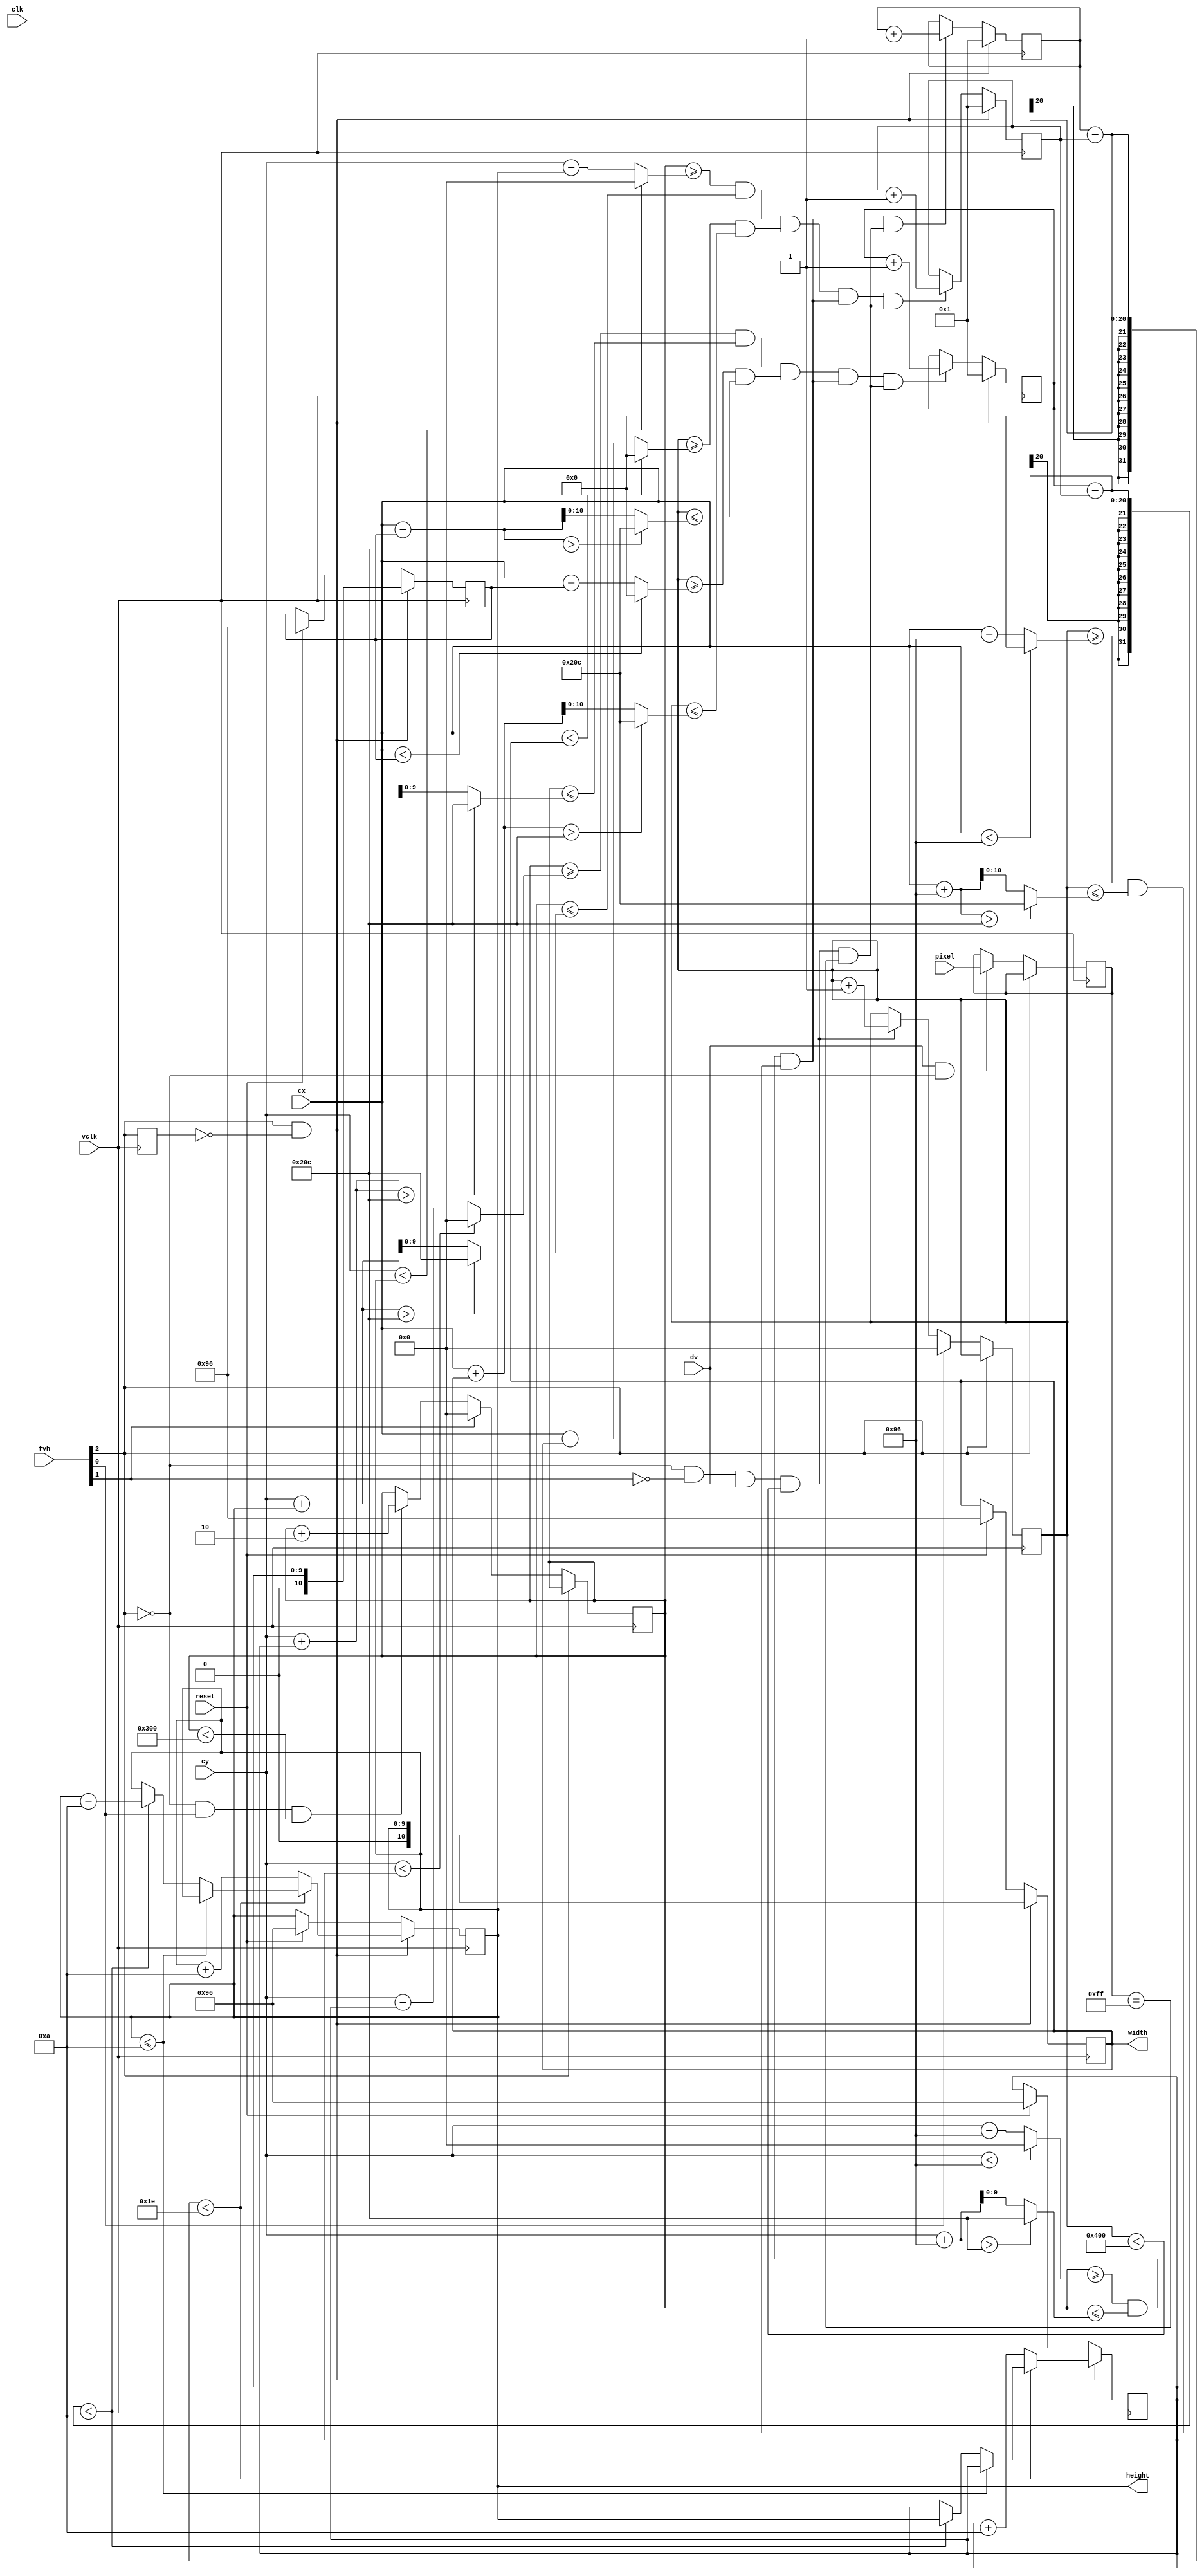
///////
//Module to bound region around a centroid with adjustable boxes

module track #(parameter HEIGHT=150, WIDTH=150, INCREMENT=10, TRACK_DIFF=10, TRACKBOUND_DIFF=30) 
	(clk, vclk, reset, fvh, dv, pixel, cx, cy, height, width);

   input 	 clk, reset;	// system clock
   input 	 vclk;	// video clock from camera
   input [2:0] 	 fvh;//hsync and vsync 
   input 	 dv;
   input [7:0] pixel; //black and white pixel
   input [10:0] cx;
   input [9:0] cy;
   output [10:0] width;
   output [9:0] height;
   
   reg [19:0] frame_count;
   reg [19:0] rect_count, lrect_count;
   reg [10:0] width, last_width;
   reg [9:0] height, last_height;
	/////
   parameter 	 COL_START = 10'd0;
	////////////
   parameter 	 ROW_START = 10'd0;

   reg [9:0] 	 col = 0;
   reg [9:0] 	 row = 0;
   reg [7:0] 	 vdata = 0;
   reg 		 old_frame;	// frames are even / odd interlaced
	reg frame_lag;
   reg [10:0] x_w_diff, x_w_sum, x_lw_diff, x_lw_sum, x_W_diff, x_W_sum;
   reg [9:0] y_h_diff, y_h_sum, y_lh_diff, y_lh_sum, y_H_diff, y_H_sum;

   reg frame_range, rect_range, lrect_range;
   wire lag_edge=old_frame&~frame_lag;
   wire 	 frame = fvh[2];
   wire 	 frame_edge = frame & ~old_frame;
   wire x_rdy, y_rdy;
   always @ (posedge vclk) begin
	if (reset) begin 
	height<=HEIGHT;
	last_height<=HEIGHT;
	width<=WIDTH;
	last_width<=WIDTH;end 
	
      old_frame <= frame;
      frame_lag<=old_frame;
      if (!fvh[2]) begin
	      col <= fvh[0] ? COL_START : (!fvh[2] && !fvh[1] && dv && (col < 1024)) ? col + 1 : col;
	      row <= fvh[1] ? ROW_START : (!fvh[2] && fvh[0] && (row < 768)) ? row + 2 : row;
	      vdata <= (dv && !fvh[2]) ? pixel : vdata;
			//////////////////////
         //high_data<=(vdata==8'hF0);
			//high_x<=(sum_x>90);
			///////////////////////
			
        
		  
		  
      end
	   ////////////edge cases 
	   x_w_diff = (cx<width)?0:cx-width;
	   x_w_sum = (cx+width>524)?524:cx+width;

           y_h_diff = (cy<height)?0: cy-height;
           y_h_sum = (cy+height>524)?524: cy+height;


           x_lw_diff = (cx<last_width)?0:cx-last_width;
	   x_lw_sum = (cx+last_width>524)?524:cx+last_width;

           y_lh_diff = (cy<last_height)?0: cy-last_height;
           y_lh_sum = (cy+last_height>524)?524: cy+last_height;

	   
           x_W_diff = (cx<WIDTH)?0:cx-WIDTH;
	   x_W_sum = (cx+WIDTH>524)?524:cx+WIDTH;

           y_H_diff = (cy<HEIGHT)?0: cy-HEIGHT;
           y_H_sum = (cy+HEIGHT>524)?524: cy+HEIGHT;
	   ////////////Checking regions
	   frame_range = ((row>=(y_H_diff))&(row<=(y_H_sum)))&((col>=(x_W_diff))&(col<=(x_W_sum)));
	   rect_range = ((row>=y_h_diff)&(row<=y_h_sum))&((col>=x_w_diff)&(col<=x_w_sum));
	   lrect_range = ((row>=y_lh_diff)&(row<=y_lh_sum))&((col>=x_lw_diff)&(col<=x_lw_sum));
	   
           frame_count <=(frame_edge)?1:frame_range&((!fvh[2] && !fvh[1] && dv&&(col < 1024))&&(vdata==8'hFF))?frame_count+1:frame_count;
	   rect_count<=(frame_edge)?1:rect_range&frame_range&((!fvh[2] && !fvh[1] && dv&&(col < 1024))&&(vdata==8'hFF))?rect_count+1:rect_count;
	   lrect_count<=(frame_edge)?1:lrect_range&frame_range&((!fvh[2] && !fvh[1] && dv&&(col < 1024))&&(vdata==8'hFF))?lrect_count+1:lrect_count;
          if(frame_edge) begin 
		if(frame_count-rect_count<TRACKBOUND_DIFF) begin
		   height<=(height<=INCREMENT)?height:((lrect_count-rect_count)<TRACK_DIFF)?height-INCREMENT:height;
		   last_height<=(height<=INCREMENT)?last_height:((lrect_count-rect_count)<TRACK_DIFF)?height:last_height;

		end
		else begin 
		   height<=height+INCREMENT;
		   last_height<=last_height+INCREMENT;
		end 
		width<=height;
		last_width<=last_height;
		end 
	   
		
	
    end
   
 
endmodule